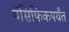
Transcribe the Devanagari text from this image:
पॅसिफिकपर्यंत